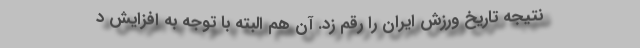
نتیجه تاریخ ورزش ایران را رقم زد. آن هم البته با توجه به افزایش د